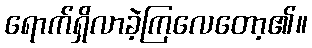
ရောက်ရှိလာခဲ့ကြလေတော့၏။